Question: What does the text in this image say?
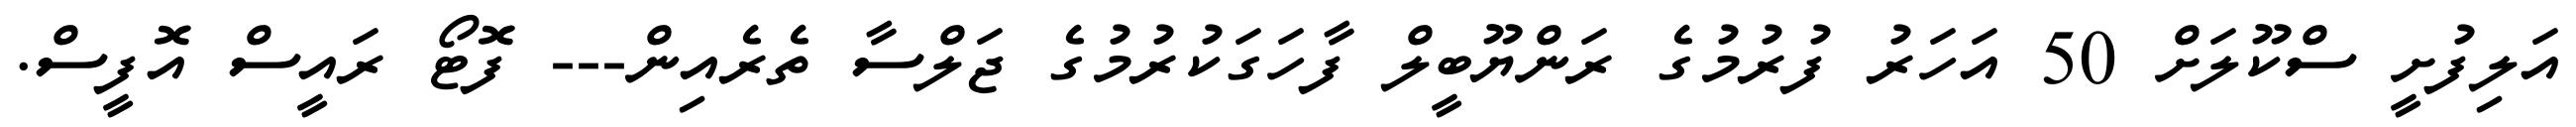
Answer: އަލިފުށީ ސްކޫލަށް 50 އަހަރު ފުރުމުގެ ރަންޔޫބީލް ފާހަގަކުރުމުގެ ޖަލްސާ ތެރެއިން--- ފޮޓޯ ރައީސް އޮފީސް.